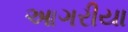
આગરીયા